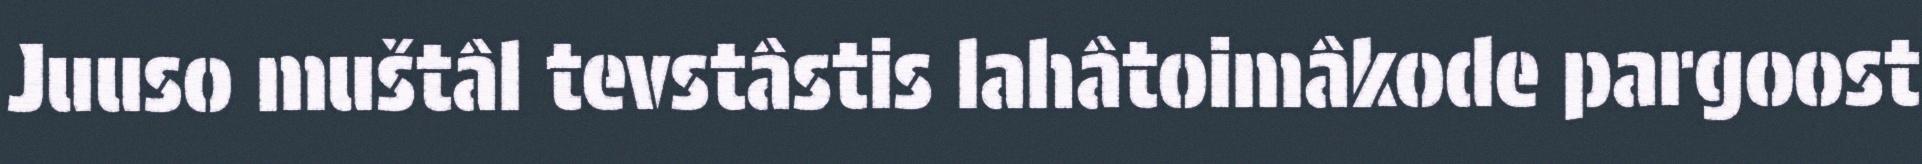
Juuso muštâl tevstâstis lahâtoimâkode pargoost